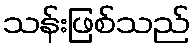
သန်းဖြစ်သည်